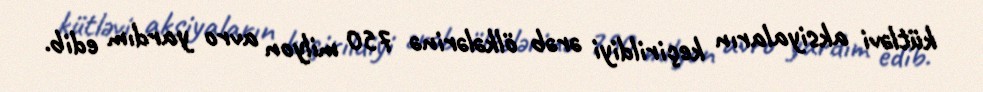
kütləvi aksiyaların keçirildiyi ərəb ölkələrinə 750 milyon avro yardım edib.